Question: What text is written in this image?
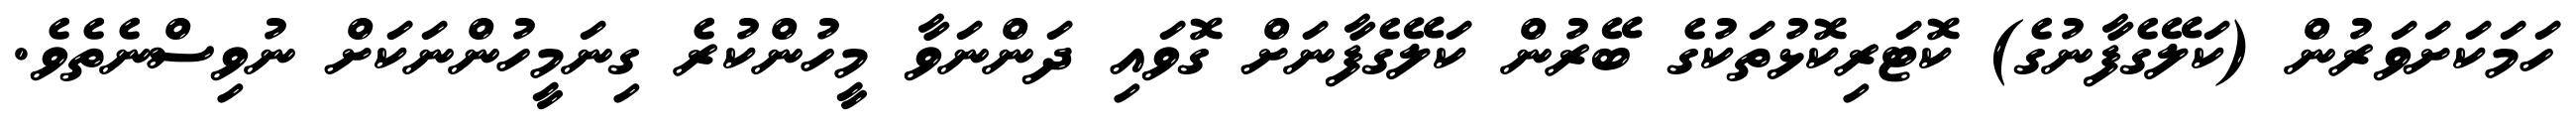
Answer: ހަމަކަށަވަރުން (ކަލޭގެފާނުގެ) ކޮޓަރިކޮޅުތަކުގެ ބޭރުން ކަލޭގެފާނަށް ގޮވައި ދަންނަވާ މީހުންކުރެ ގިނަމީހުންނަކަށް ނުވިސްނެތެވެ.